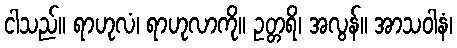
ငါသည်။ ရာဟုလံ၊ ရာဟုလာကို။ ဥတ္တရိ၊ အလွန်။ အာသဝါနံ၊